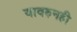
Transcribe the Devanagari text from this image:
यावरुनही